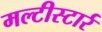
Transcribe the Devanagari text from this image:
मल्टीस्टार्र